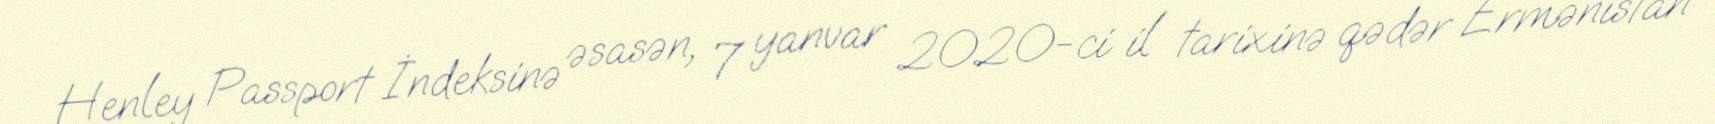
Henley Passport İndeksinə əsasən, 7 yanvar 2020-ci il tarixinə qədər Ermənistan